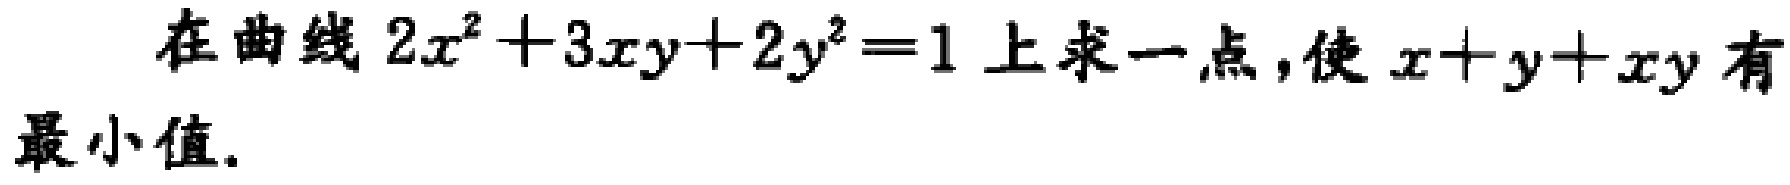
在曲线 \(2x^{2}+3xy + 2y^{2}=1\) 上求一点，使 \(x + y+xy\) 有最小值.